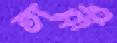
তান্নী